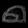
Digit: ၈